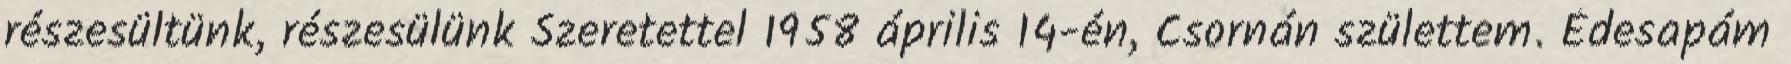
részesültünk, részesülünk Szeretettel 1958 április 14-én, Csornán születtem. Édesapám